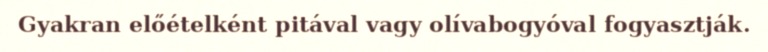
Gyakran előételként pitával vagy olívabogyóval fogyasztják.